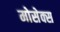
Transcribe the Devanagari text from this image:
मोसेक्स